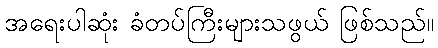
အရေးပါဆုံး ခံတပ်ကြီးများသဖွယ် ဖြစ်သည်။